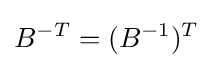
B^{-T}=(B^{-1})^{T}